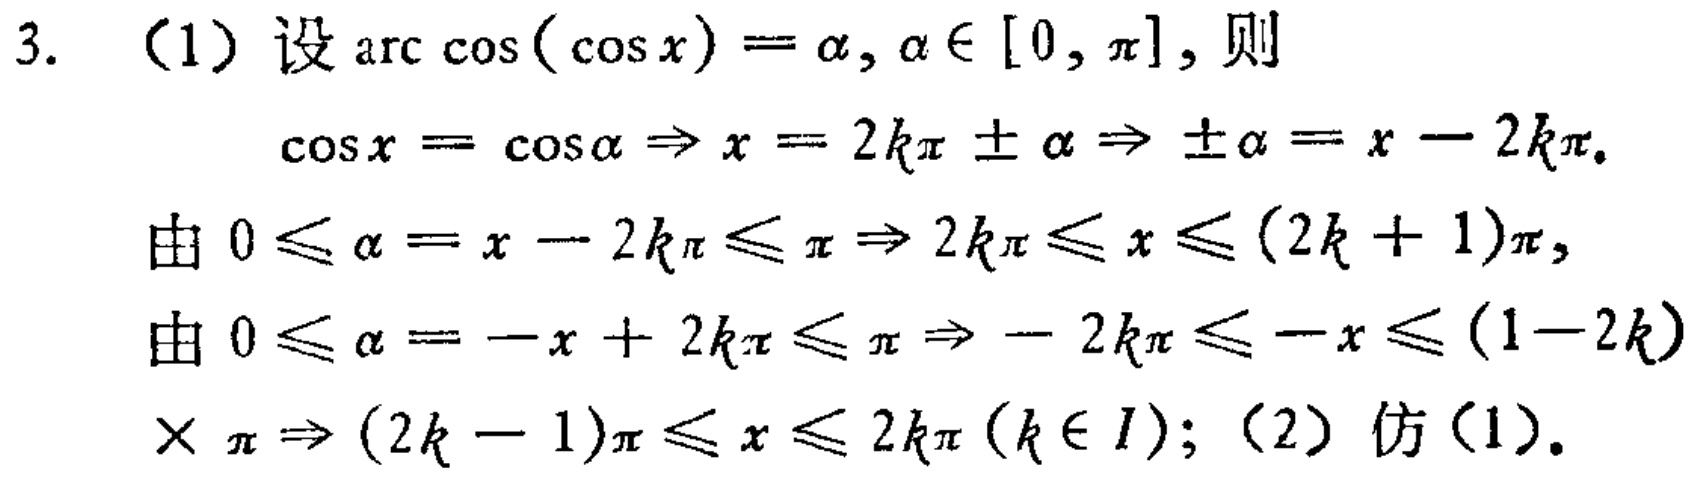
3. （1）设\(\arccos(\cos x)=\alpha,\alpha\in[0,\pi]\)，则
\[\cos x = \cos\alpha\Rightarrow x = 2k\pi\pm\alpha\Rightarrow\pm\alpha=x - 2k\pi.\]
由\(0\leqslant\alpha = x - 2k\pi\leqslant\pi\Rightarrow 2k\pi\leqslant x\leqslant(2k + 1)\pi\)，
由\(0\leqslant\alpha=-x + 2k\pi\leqslant\pi\Rightarrow - 2k\pi\leqslant -x\leqslant(1 - 2k)\times\pi\Rightarrow(2k - 1)\pi\leqslant x\leqslant 2k\pi(k\in I)\)；（2）仿（1）。